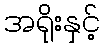
အရိုးနှင့်